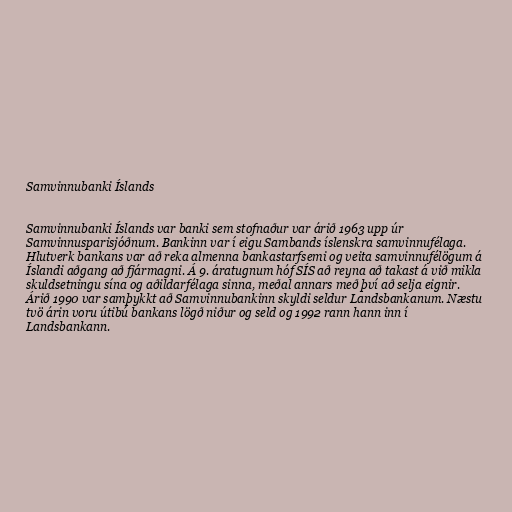
Samvinnubanki Íslands

Samvinnubanki Íslands var banki sem stofnaður var árið 1963 upp úr
Samvinnusparisjóðnum. Bankinn var í eigu Sambands íslenskra samvinnufélaga.
Hlutverk bankans var að reka almenna bankastarfsemi og veita samvinnufélögum á
Íslandi aðgang að fjármagni. Á 9. áratugnum hóf SÍS að reyna að takast á við mikla
skuldsetningu sína og aðildarfélaga sinna, meðal annars með því að selja eignir.
Árið 1990 var samþykkt að Samvinnubankinn skyldi seldur Landsbankanum. Næstu
tvö árin voru útibú bankans lögð niður og seld og 1992 rann hann inn í
Landsbankann.